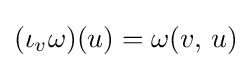
(\iota _{v}\omega )(u)=\omega (v,\,u)